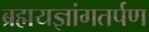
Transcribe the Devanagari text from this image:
ब्रह्मयज्ञांगतर्पण